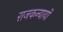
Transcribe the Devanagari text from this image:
राजकन्यायों